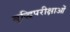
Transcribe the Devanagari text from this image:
बुद्धिपरीक्षाओं